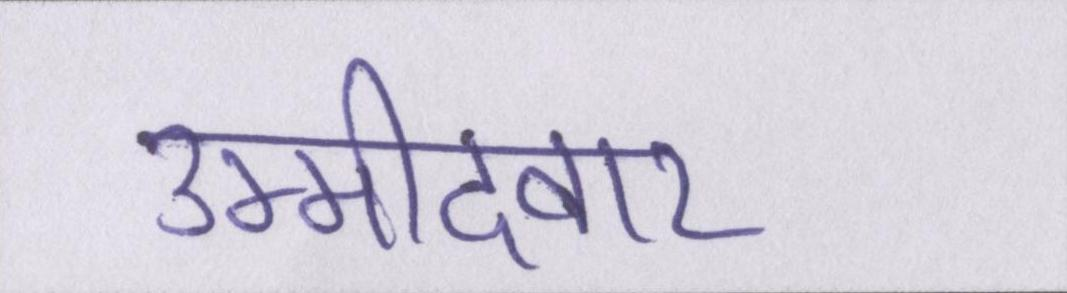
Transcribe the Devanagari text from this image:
उम्मीदवार